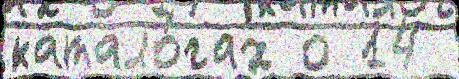
катало́гах о 14